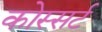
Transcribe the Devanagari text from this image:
कोस्सर्ट